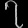
Digit: ၇